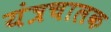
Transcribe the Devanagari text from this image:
यंत्रचालक